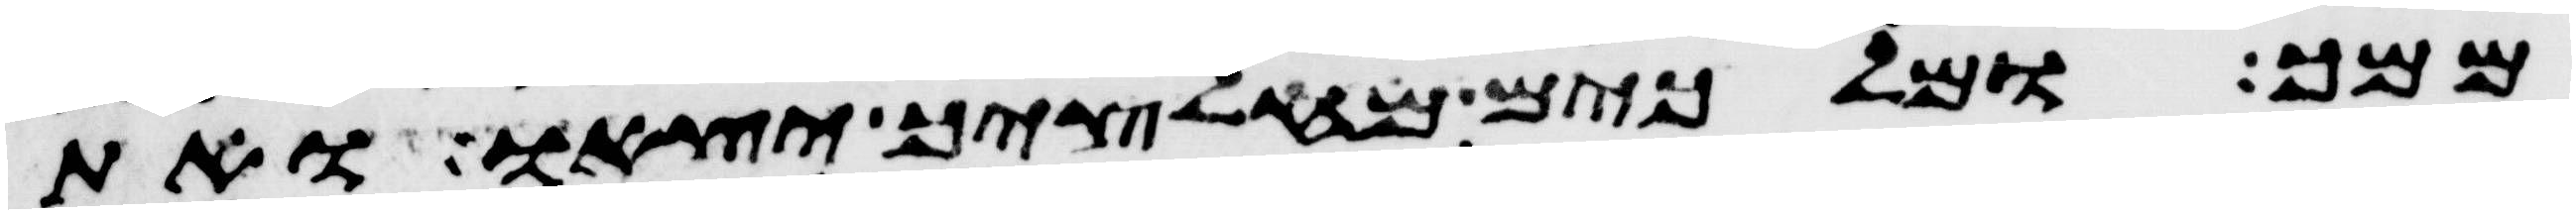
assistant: ממך ומלכים מחלציך יצאו ואת